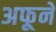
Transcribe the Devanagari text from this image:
अफूने